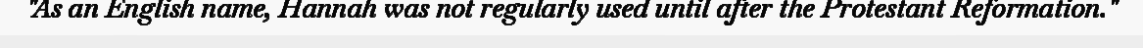
"As an English name, Hannah was not regularly used until after the Protestant Reformation."